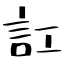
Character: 訌